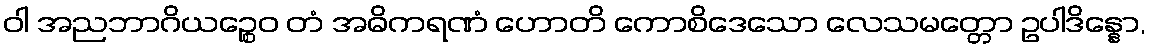
ဝါ အညဘာဂိယဉ္စေဝ တံ အဓိကရဏံ ဟောတိ ကောစိဒေသော လေသမတ္တော ဥပါဒိန္နော,